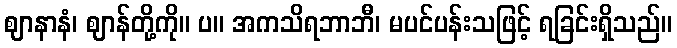
ဈာနာနံ၊ ဈာန်တို့ကို။ ပ။ အကသိရဘာဘီ၊ မပင်ပန်းသဖြင့် ရခြင်းရှိသည်။